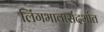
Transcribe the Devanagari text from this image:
लिंगभावासंदर्भात